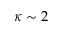
\kappa \sim 2